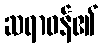
ဆရာဝန်၏